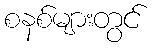
စနစ်များတွင်